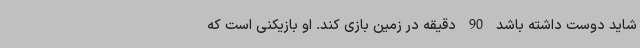
شاید دوست داشته باشد 90 دقیقه در زمین بازی کند. او بازیکنی است که